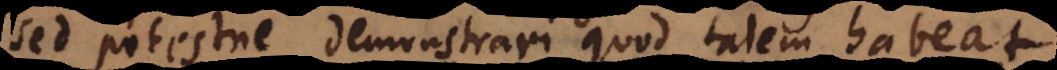
sed potestne demonstrari quod talem habeat